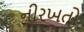
નીરખતો